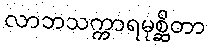
လာဘသက္ကာရမုစ္ဆိတာ